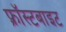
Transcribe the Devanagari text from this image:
फ़्रॉस्टबाइट